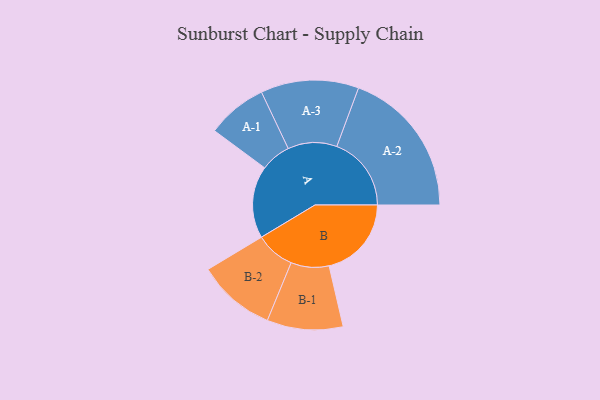
{"axis": {"x": "Segment", "y": "Value"}, "legend": ["", "A", "B"], "data": [{"x": "A", "y": 249, "type": ""}, {"x": "B", "y": 284, "type": ""}, {"x": "A-1", "y": 104, "type": "A"}, {"x": "A-2", "y": 257, "type": "A"}, {"x": "A-3", "y": 169, "type": "A"}, {"x": "B-1", "y": 131, "type": "B"}, {"x": "B-2", "y": 135, "type": "B"}]}